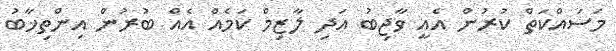
މަސައްކަތް ކުރުން އެއީ ވާޖިބު އަދި ލާޒިމް ކަމެއް އެއް ބުރުން އިންތިޚާބު